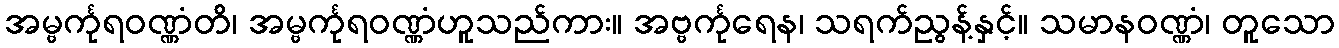
အမ္ဗင်္ကုရဝဏ္ဏံတိ၊ အမ္ဗင်္ကုရဝဏ္ဏံဟူသည်ကား။ အဗ္ဗင်္ကုရေန၊ သရက်ညွန့်နှင့်။ သမာနဝဏ္ဏံ၊ တူသော